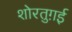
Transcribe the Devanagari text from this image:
शोरतुग़ई